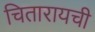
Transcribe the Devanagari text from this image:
चितारायची